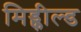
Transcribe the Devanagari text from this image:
मिड्फील्ड